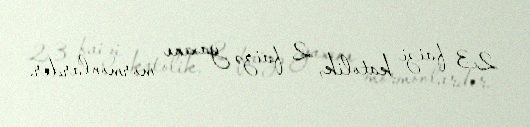
23 faizi katolik, 2 faizə yaxını mormonlardır.